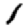
Digit: 1